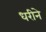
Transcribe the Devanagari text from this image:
धरीने